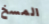
المسخ